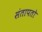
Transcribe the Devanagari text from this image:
संतापतो